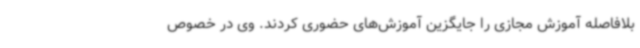
بلافاصله آموزش مجازی را جایگزین آموزش‌های حضوری کردند. وی در خصوص